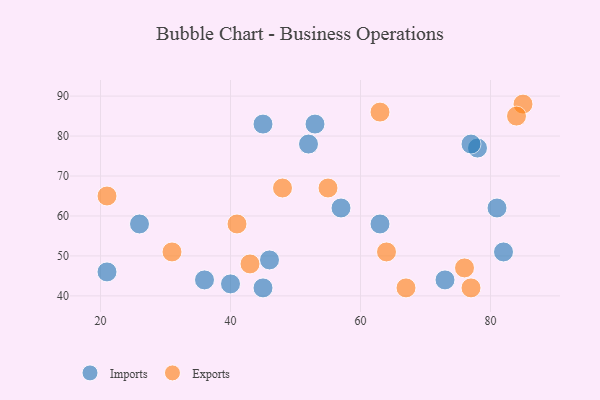
{"axis": {"x": "GDP", "y": "Life Expectancy"}, "legend": ["Exports", "Imports"], "data": [{"x": "45", "y": 83, "type": "Imports"}, {"x": "63", "y": 58, "type": "Imports"}, {"x": "57", "y": 62, "type": "Imports"}, {"x": "73", "y": 44, "type": "Imports"}, {"x": "26", "y": 58, "type": "Imports"}, {"x": "81", "y": 62, "type": "Imports"}, {"x": "40", "y": 43, "type": "Imports"}, {"x": "52", "y": 78, "type": "Imports"}, {"x": "78", "y": 77, "type": "Imports"}, {"x": "82", "y": 51, "type": "Imports"}, {"x": "46", "y": 49, "type": "Imports"}, {"x": "21", "y": 46, "type": "Imports"}, {"x": "36", "y": 44, "type": "Imports"}, {"x": "53", "y": 83, "type": "Imports"}, {"x": "45", "y": 42, "type": "Imports"}, {"x": "77", "y": 78, "type": "Imports"}, {"x": "48", "y": 67, "type": "Exports"}, {"x": "41", "y": 58, "type": "Exports"}, {"x": "76", "y": 47, "type": "Exports"}, {"x": "63", "y": 86, "type": "Exports"}, {"x": "67", "y": 42, "type": "Exports"}, {"x": "64", "y": 51, "type": "Exports"}, {"x": "55", "y": 67, "type": "Exports"}, {"x": "43", "y": 48, "type": "Exports"}, {"x": "85", "y": 88, "type": "Exports"}, {"x": "77", "y": 42, "type": "Exports"}, {"x": "31", "y": 51, "type": "Exports"}, {"x": "84", "y": 85, "type": "Exports"}, {"x": "21", "y": 65, "type": "Exports"}]}